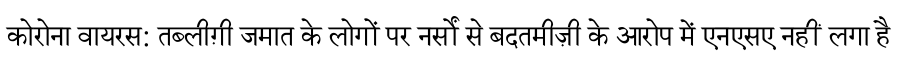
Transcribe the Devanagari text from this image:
कोरोना वायरस: तब्लीग़ी जमात के लोगों पर नर्सों से बदतमीज़ी के आरोप में एनएसए नहीं लगा है